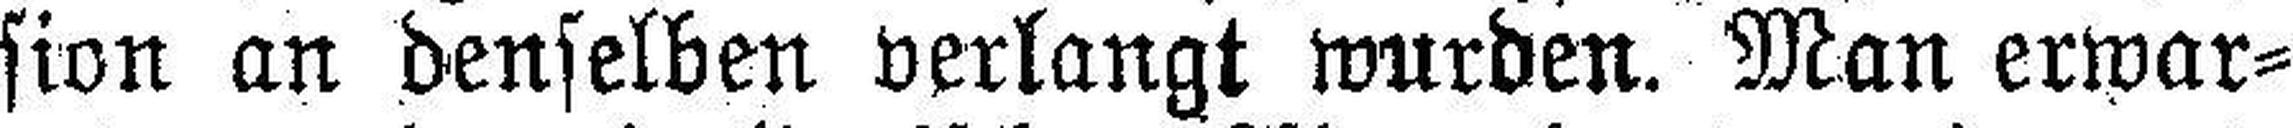
sion an denselben verlangt wurden. Man erwar¬